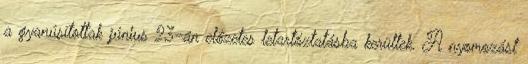
a gyanúsítottak június 23-án előzetes letartóztatásba kerültek. A nyomozást